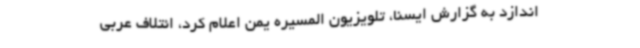
اندازد به گزارش ایسنا، تلویزیون المسیره یمن اعلام کرد، ائتلاف عربی